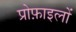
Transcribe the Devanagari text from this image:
प्रोफ़ाइलों